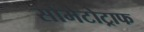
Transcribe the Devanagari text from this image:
सोमेटोट्राफ